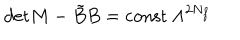
LaTeX: \mathrm { d e t } M - \tilde { B } B = \mathrm { c o n s t } \ \Lambda ^ { 2 N _ { f } }